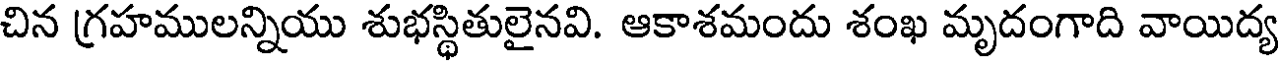
చిన గ్రహములన్నియు శుభస్థితులైనవి. ఆకాశమందు శంఖ మృదంగాది వాయిద్య